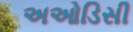
અઓડિસી